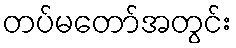
တပ်မတော်အတွင်း